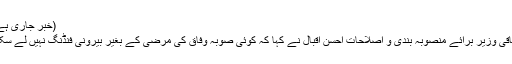
(خبر جاری ہے)
وفاقی وزیر برائے منصوبہ بندی و اصلاحات احسن اقبال نے کہا کہ کوئی صوبہ وفاق کی مرضی کے بغیر بیرونی فنڈنگ نہیں لے سکتا۔